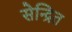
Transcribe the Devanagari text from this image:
सेन्द्रित